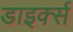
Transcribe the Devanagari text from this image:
डाइर्क्स